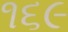
૧૬૯